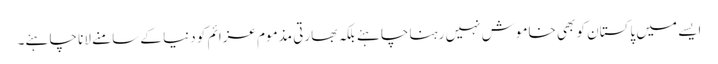
ایسے میں پاکستان کو بھی خاموش نہیں رہنا چاہئے بلکہ بھارتی مذموم عزائم کو دنیا کے سامنے لانا چاہئے۔